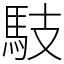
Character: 馶